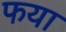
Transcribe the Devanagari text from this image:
फया